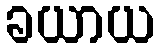
ခယာယ